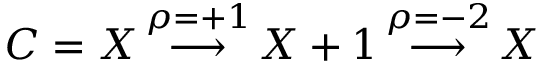
{ \cal C } = X \, { \overset { \rho = + 1 } { \longrightarrow } } \, X + 1 \, { \overset { \rho = - 2 } { \longrightarrow } } \, X